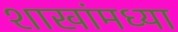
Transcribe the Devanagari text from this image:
शाखांमध्या